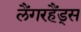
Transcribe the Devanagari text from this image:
लैंगरहैंड्स